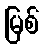
မြစ်